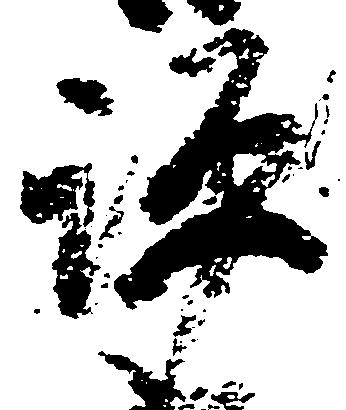
評